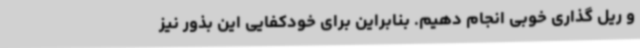
و ریل گذاری خوبی انجام دهیم. بنابراین برای خودکفایی این بذور نیز